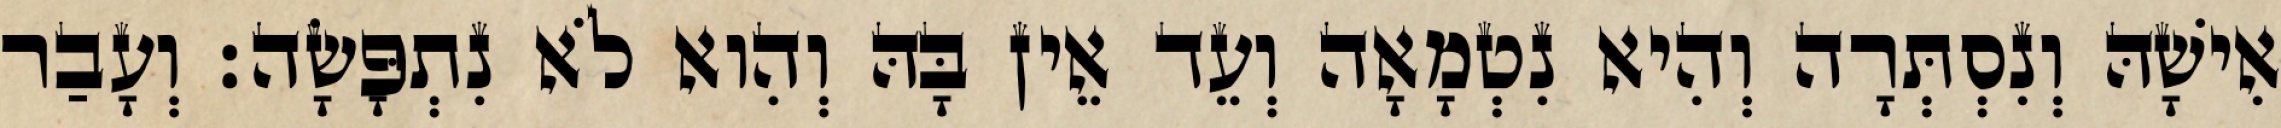
אִישָׁהּ וְנִסְתְּרָה וְהִיא נִטְמָאָה וְעֵד אֵין בָּהּ וְהִוא לֹא נִתְפָּשָׂה׃ וְעָבַר